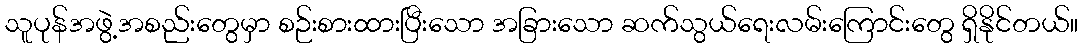
သူပုန်အဖွဲ့အစည်းတွေမှာ စဉ်းစားထားပြီးသော အခြားသော ဆက်သွယ်ရေးလမ်းကြောင်းတွေ ရှိနိုင်တယ်။